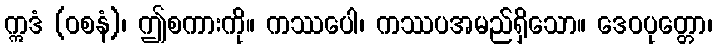
ဣဒံ (ဝစနံ)၊ ဤစကားကို။ ကဿပေါ၊ ကဿပအမည်ရှိသော။ ဒေဝပုတ္တော၊